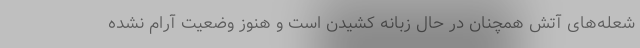
شعله‌های آتش همچنان در حال زبانه کشیدن است و هنوز وضعیت آرام نشده